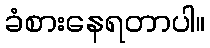
ခံစားနေရတာပါ။